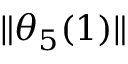
\lVert \theta _ { 5 } ( 1 ) \rVert